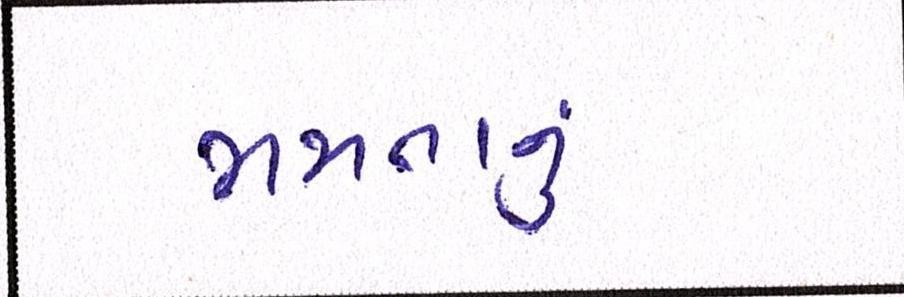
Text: મમતાનું